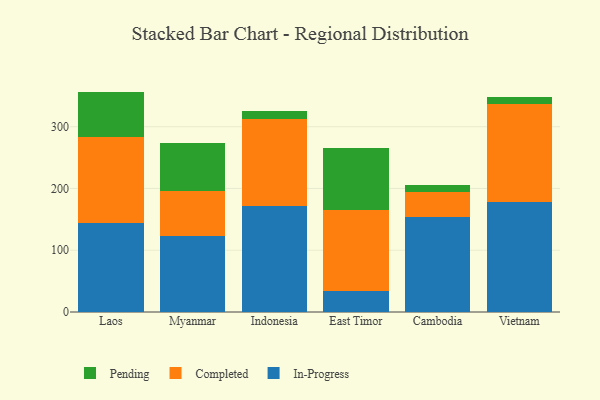
{"axis": {"x": "Country", "y": "Gross Profit (USD K)"}, "legend": ["Completed", "In-Progress", "Pending"], "data": [{"x": "Laos", "y": 144.0, "type": "In-Progress"}, {"x": "Laos", "y": 138.7, "type": "Completed"}, {"x": "Laos", "y": 74.1, "type": "Pending"}, {"x": "Myanmar", "y": 123.6, "type": "In-Progress"}, {"x": "Myanmar", "y": 72.3, "type": "Completed"}, {"x": "Myanmar", "y": 77.2, "type": "Pending"}, {"x": "Indonesia", "y": 171.4, "type": "In-Progress"}, {"x": "Indonesia", "y": 140.4, "type": "Completed"}, {"x": "Indonesia", "y": 13.2, "type": "Pending"}, {"x": "East Timor", "y": 34.0, "type": "In-Progress"}, {"x": "East Timor", "y": 131.3, "type": "Completed"}, {"x": "East Timor", "y": 100.5, "type": "Pending"}, {"x": "Cambodia", "y": 154.4, "type": "In-Progress"}, {"x": "Cambodia", "y": 39.3, "type": "Completed"}, {"x": "Cambodia", "y": 11.4, "type": "Pending"}, {"x": "Vietnam", "y": 178.4, "type": "In-Progress"}, {"x": "Vietnam", "y": 158.0, "type": "Completed"}, {"x": "Vietnam", "y": 12.0, "type": "Pending"}]}